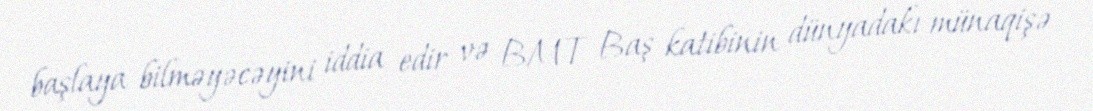
başlaya bilməyəcəyini iddia edir və BMT Baş katibinin dünyadakı münaqişə